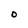
Character: O